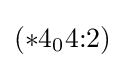
(*4_{0}4{:}2)